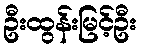
ဦးထွန်းမြင့်ဦး